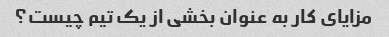
مزایای کار به عنوان بخشی از یک تیم چیست؟